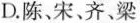
D.陈、宋、齐、梁